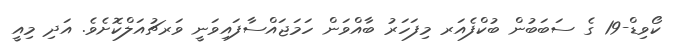
ކޯވިޑް-19 ގެ ސަބަބުން ބުކްފެއަރ މިފަހަރު ބާއްވަން ހަމަޖައްސާފައިވަނީ ވަރޗުއަލްކޮށެވެ. އަދި މިއީ